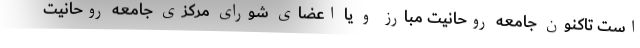
است تاکنون جامعه روحانیت مبارز و یا اعضای شورای مرکزی جامعه روحانیت